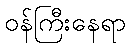
ဝန်ကြီးနေရာ